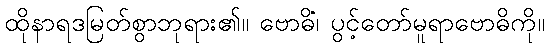
ထိုနာရဒမြတ်စွာဘုရား၏။ ဗောဓိံ၊ ပွင့်တော်မူရာဗောဓိကို။